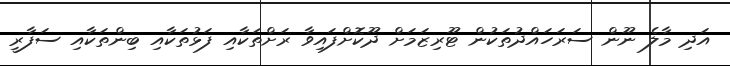
އަދި މާލެ ނޫން ސަރަހައްދުތަކުން ޓޫރިޒަމަށް ދޫކޮށްފައިވާ ރަށްތަކާއި ފަޅުތަކާއި ބިންތަކާއި ސަފާރީ